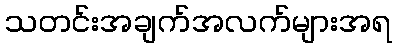
သတင်းအချက်အလက်များအရ